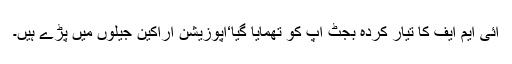
آئی ایم ایف کا تیار کردہ بجٹ آپ کو تھمایا گیا‘اپوزیشن اراکین جیلوں میں پڑے ہیں۔